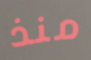
منذ